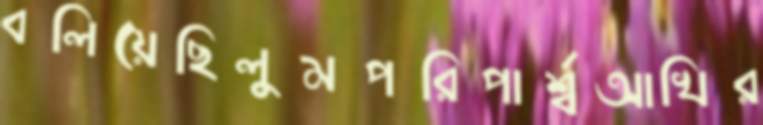
বলিয়েছিলুমপরিপার্শ্বআখির